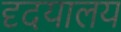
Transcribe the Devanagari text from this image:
दृदयालय